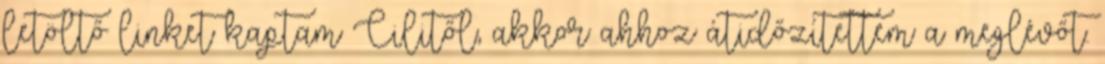
letöltő linket kaptam Cilitől, akkor ahhoz átidőzítettem a meglévőt.